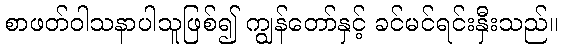
စာဖတ်ဝါသနာပါသူဖြစ်၍ ကျွန်တော်နှင့် ခင်မင်ရင်းနှီးသည်။